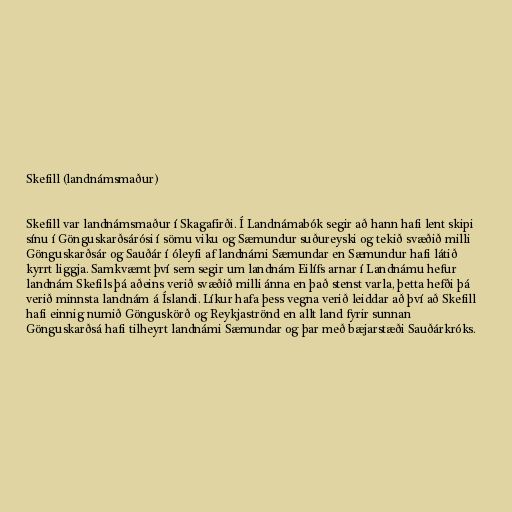
Skefill (landnámsmaður)

Skefill var landnámsmaður í Skagafirði. Í Landnámabók segir að hann hafi lent skipi
sínu í Gönguskarðsárósi í sömu viku og Sæmundur suðureyski og tekið svæðið milli
Gönguskarðsár og Sauðár í óleyfi af landnámi Sæmundar en Sæmundur hafi látið
kyrrt liggja. Samkvæmt því sem segir um landnám Eilífs arnar í Landnámu hefur
landnám Skefils þá aðeins verið svæðið milli ánna en það stenst varla, þetta hefði þá
verið minnsta landnám á Íslandi. Líkur hafa þess vegna verið leiddar að því að Skefill
hafi einnig numið Gönguskörð og Reykjaströnd en allt land fyrir sunnan
Gönguskarðsá hafi tilheyrt landnámi Sæmundar og þar með bæjarstæði Sauðárkróks.